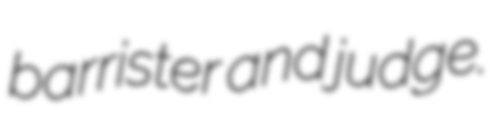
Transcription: barrister and judge.